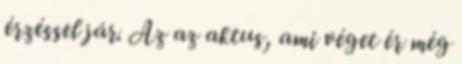
érzéssel jár. Az az aktus, ami véget ér még